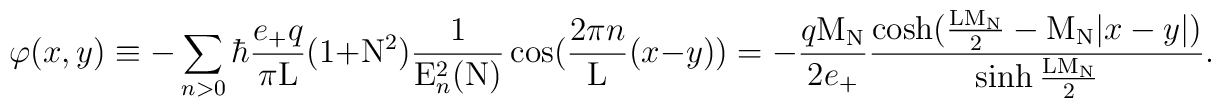
\varphi(x,y) \equiv - \sum_{n>0} \hbar \frac{e_{+}q}{\pi{\rm L}}(1+{\rm N}^2) \frac{1}{{\rm E}_n^2({\rm N})} \cos(\frac{2\pi n}{\rm L}(x-y)) =- \frac{q{\rm M}_{\rm N}}{2e_{+}} \frac{\cosh(\frac{\rm L {\rm M}_{\rm N}}{2} - {\rm M}_{\rm N}|x-y|)}{\sinh{\frac{\rm L {\rm M}_{\rm N}}{2}}}.